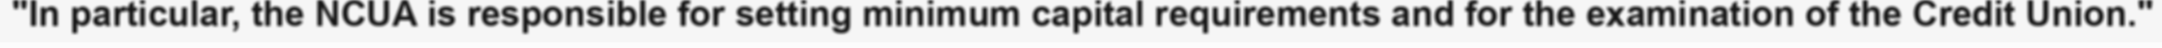
"In particular, the NCUA is responsible for setting minimum capital requirements and for the examination of the Credit Union."